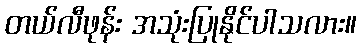
တယ်လီဖုန်း အသုံးပြုနိုင်ပါသလား။